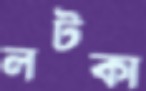
লটকা